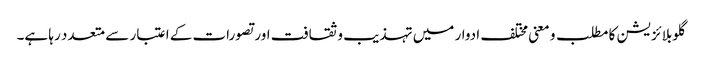
گلوبلائزیشن کا مطلب و معنی مختلف ادوار میں تہذیب و ثقافت اور تصورات کے اعتبار سے متعدد رہا ہے۔